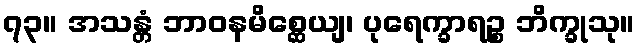
၇၃။ အသန္တံ ဘာဝနမိစ္ဆေယျ၊ ပုရေက္ခာရဉ္စ ဘိက္ခုသု။